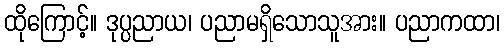
ထိုကြောင့်။ ဒုပ္ပညာယ၊ ပညာမရှိသောသူအား။ ပညာကထာ၊